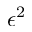
\epsilon ^ { 2 }